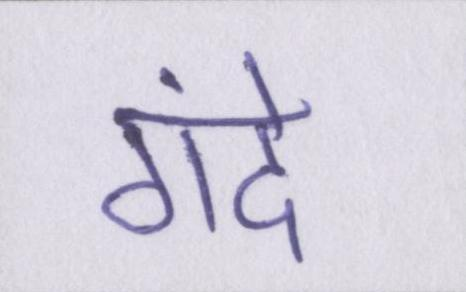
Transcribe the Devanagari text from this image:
गंदे